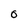
Character: O